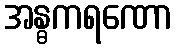
အန္ဓကရဏော